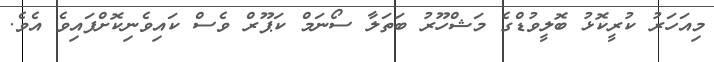
މިއަހަރު ކުރީކޮޅު ބޮލީވުޑްގެ މަޝްހޫރު ބަތަލާ ސޯނަމް ކަޕޫރް ވެސް ކައިވެނިކޮށްފައިވެ އެވެ.